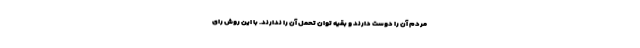
مردم آن را دوست دارند و بقیه توان تحمل آن را ندارند. با این روش رای